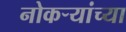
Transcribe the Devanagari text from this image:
नोकऱ्यांच्या